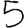
Digit: 5